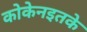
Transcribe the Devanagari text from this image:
कोकेनइतके